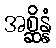
အစ္ဆိန္နံ